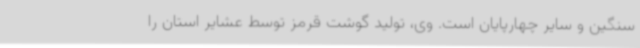
سنگین و سایر چهارپایان است. وی، تولید گوشت قرمز توسط عشایر استان را